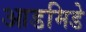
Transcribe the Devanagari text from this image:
आडमिडे